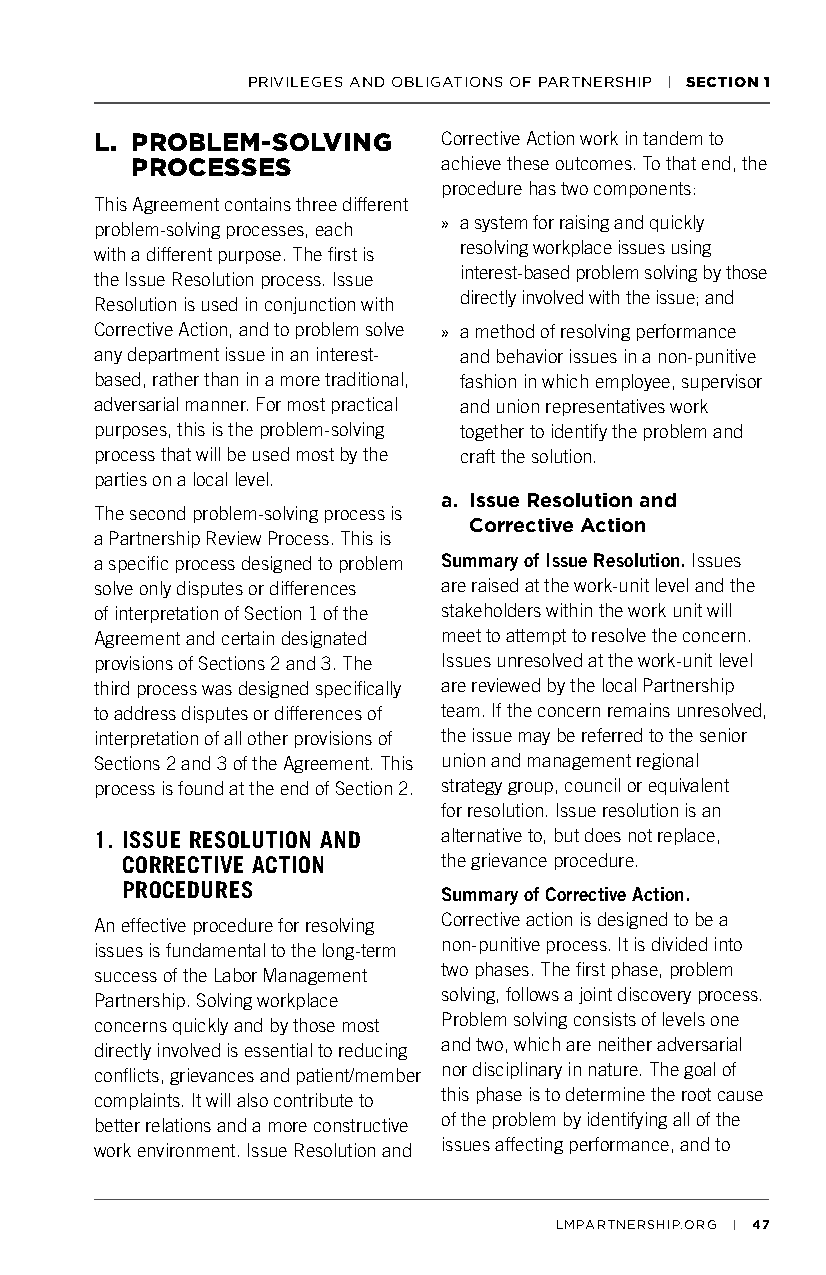
PRIVILEGES AND OBLIGATIONS OF PARTNERSHIP | SECTION 1
 L. PROBLEM-SOLVING     Corrective Action work in tandem to
 PROCESSES           achieve these outcomes. To that end, the
 procedure has two components:
 This Agreement contains three different
 problem-solving processes, each » a system for raising and quickly
 resolving workplace issues using
 with a different purpose. The first is
 interest-based problem solving by those
 the Issue Resolution process. Issue
 directly involved with the issue; and
 Resolution is used in conjunction with
 Corrective Action, and to problem solve » a method of resolving performance
 any department issue in an interest- and behavior issues in a non-punitive
 based, rather than in a more traditional, fashion in which employee, supervisor
 adversarial manner. For most practical and union representatives work
 purposes, this is the problem-solving together to identify the problem and
 process that will be used most by the craft the solution.
 parties on a local level.
 a. Issue Resolution and
 The second problem-solving process is
 Corrective Action
 a Partnership Review Process. This is
 a specific process designed to problem Summary of Issue Resolution. Issues
 solve only disputes or differences are raised at the work-unit level and the
 of interpretation of Section 1 of the stakeholders within the work unit will
 Agreement and certain designated meet to attempt to resolve the concern.
 provisions of Sections 2 and 3. The Issues unresolved at the work-unit level
 third process was designed specifically are reviewed by the local Partnership
 to address disputes or differences of team. If the concern remains unresolved,
 interpretation of all other provisions of the issue may be referred to the senior
 Sections 2 and 3 of the Agreement. This union and management regional
 process is found at the end of Section 2. strategy group, council or equivalent
 for resolution. Issue resolution is an
 1. ISSUE RESOLUTION AND alternative to, but does not replace,
 CORRECTIVE ACTION    the grievance procedure.
 PROCEDURES           Summary of Corrective Action.
 Corrective action is designed to be a
 An effective procedure for resolving
 non-punitive process. It is divided into
 issues is fundamental to the long-term
 two phases. The first phase, problem
 success of the Labor Management
 solving, follows a joint discovery process.
 Partnership. Solving workplace
 Problem solving consists of levels one
 concerns quickly and by those most
 and two, which are neither adversarial
 directly involved is essential to reducing
 nor disciplinary in nature. The goal of
 conflicts, grievances and patient/member
 this phase is to determine the root cause
 complaints. It will also contribute to
 of the problem by identifying all of the
 better relations and a more constructive
 issues affecting performance, and to
 work environment. Issue Resolution and
 LMPARTNERSHIP.ORG | 47